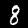
Digit: 8